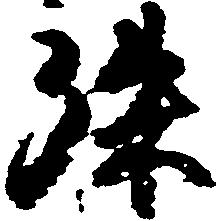
殊